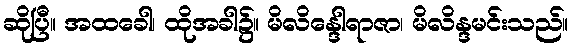
ဆိုပြီ။ အထခေါ၊ ထိုအခါ၌။ မိလိန္ဒေါရာဇာ၊ မိလိန္ဒမင်းသည်။